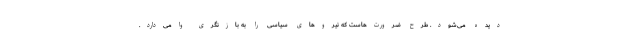
دیده می‌شود. طرح ضرورت‌هاست که نیروهای سیاسی را به بازنگری وامی‌دارد.